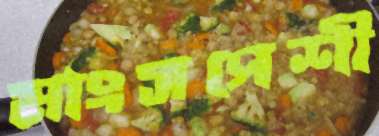
মাংসপেশী